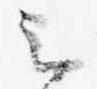
云